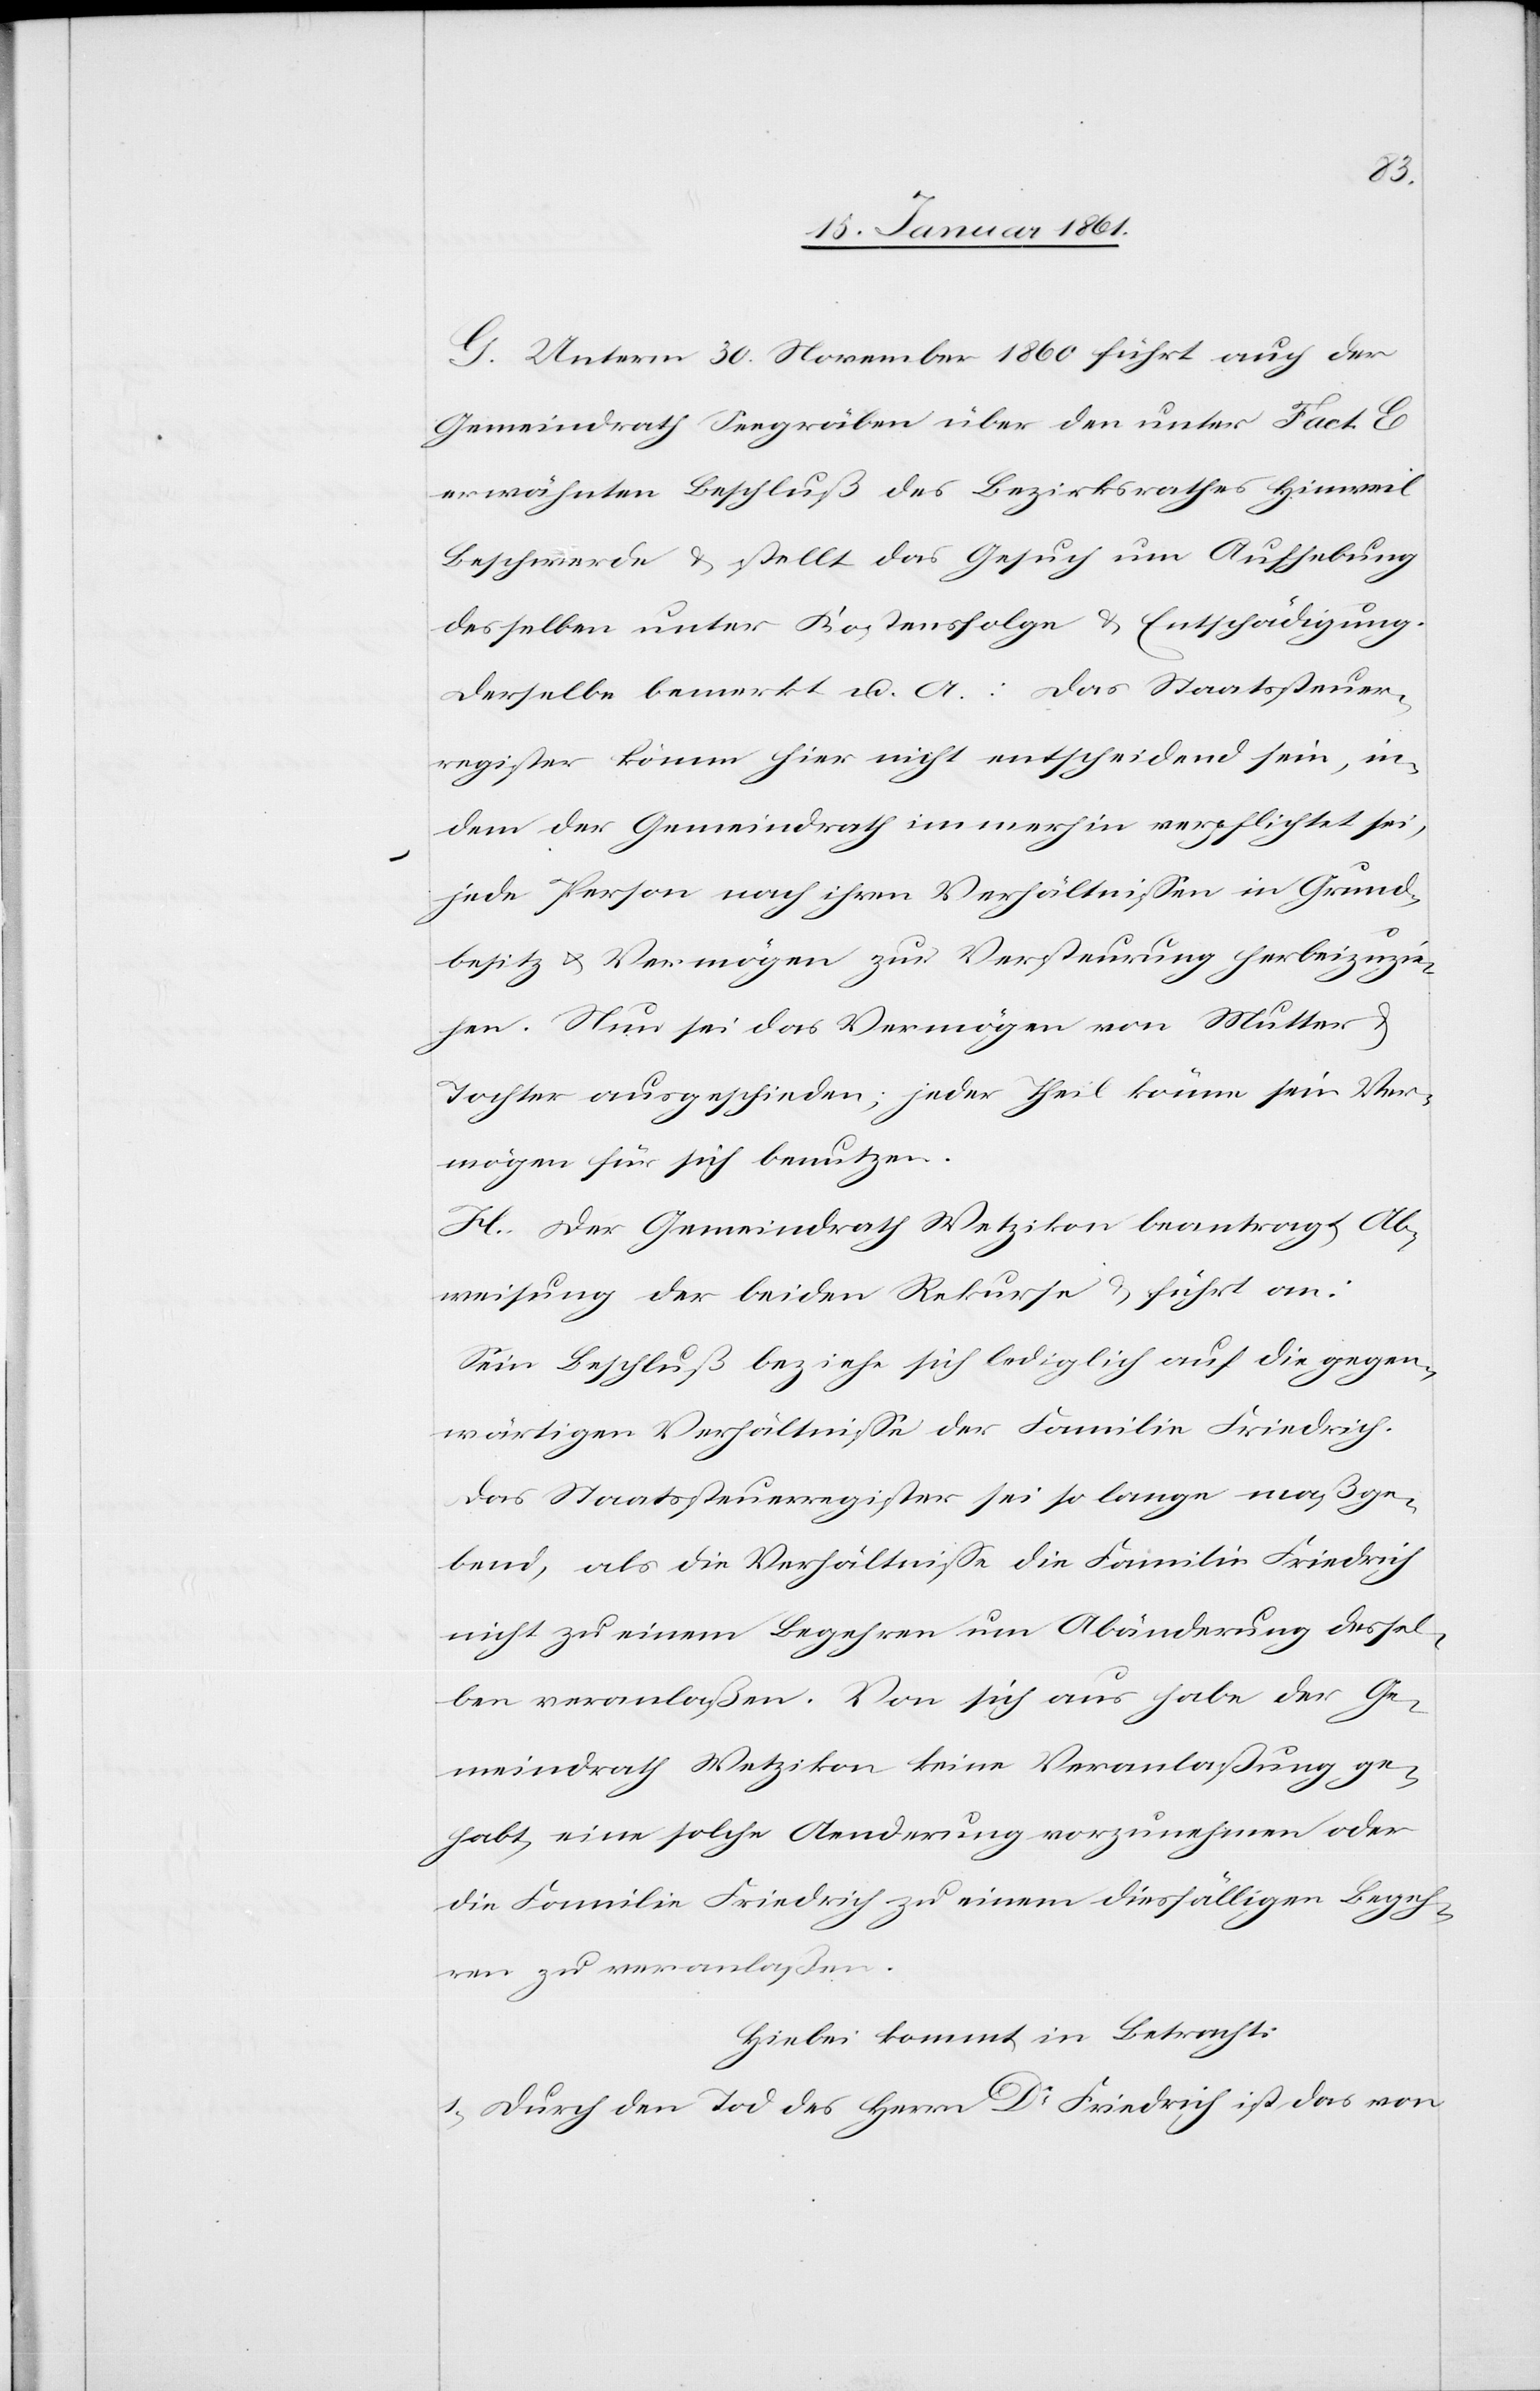
G. Unterm 30. November 1860 führt auch der
Gemeindrath Seegräben über den unter Fact. E.
erwähnten Beschluß des Bezirksrathes Hinweil
Beschwerde u. stellt das Gesuch um Aufhebung
desselben unter Kostensfolge u. Entschädigung.
Derselbe bemerkt u. A.: Das Staatssteuer¬
register könne hier nicht entscheidend sein, in¬
dem der Gemeindrath immerhin verpflichtet sei,
jede Person nach ihren Verhältnissen in Grund¬
besitz u. Vermögen zur Versteuerung herbeizuzie¬
hen. Nun sei das Vermögen von Mutter u.
Tochter ausgeschieden; jeder Theil könne sein Ver¬
mögen für sich benutzen.
H. Der Gemeindrath Hinweil beantragt Ab¬
weisung der beiden Rekurse u. führt an:
Sein Beschluß beziehe sich lediglich auf die gegen¬
wärtigen Verhältnisse der Familie Friedrich.
Das Staatssteuerregister sei so lange maßge¬
bend, als die Verhältnisse die Familie Friedrich
nicht zu einem Begehren um Abänderung dessel¬
ben veranlaßen. Von sich aus habe der Ge¬
meindrath Wetzikon keine Veranlassung ge¬
habt, eine solche Aenderung vorzunehmen oder
die Familie Friedrich zu einem diesfälligen Begeh¬
ren zu veranlaßen.
Hiebei kommt in Betracht:
1) Durch den Tod des Herrn Dr. Friedrich ist das von